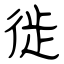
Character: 徙